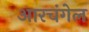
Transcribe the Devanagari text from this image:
आरचंगेल